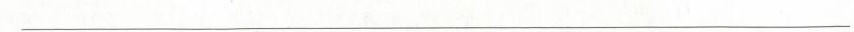
___